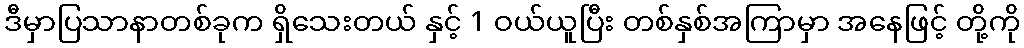
ဒီမှာပြသာနာတစ်ခုက ရှိသေးတယ် နှင့် 1 ဝယ်ယူပြီး တစ်နှစ်အကြာမှာ အနေဖြင့် တို့ကို